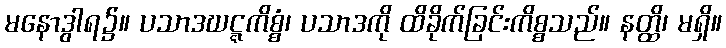
မနောဒွါရ၌။ ပသာဒဃဋ္ဋကိစ္စံ၊ ပသာဒကို ထိခိုက်ခြင်းကိစ္စသည်။ နတ္ထိ၊ မရှိ။